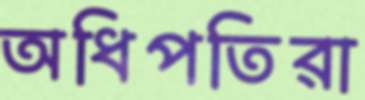
অধিপতিরা